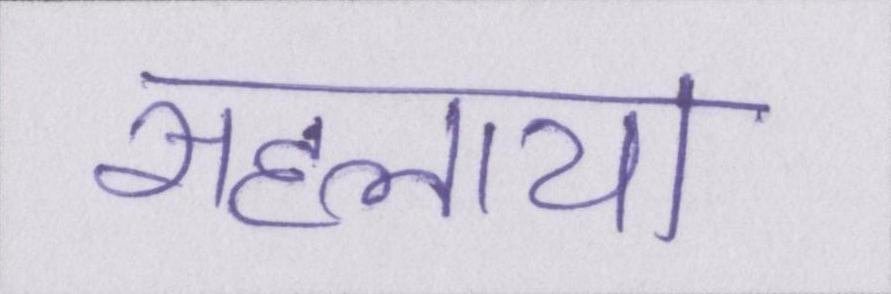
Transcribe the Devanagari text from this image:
सहलाया